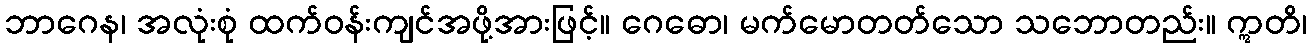
ဘာဂေန၊ အလုံးစုံ ထက်ဝန်းကျင်အဖို့အားဖြင့်။ ဂေဓော၊ မက်မောတတ်သော သဘောတည်း။ ဣတိ၊